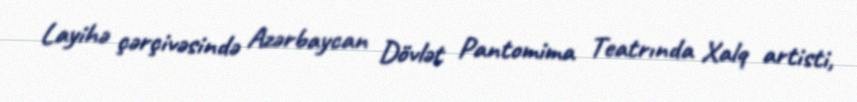
Layihə çərçivəsində Azərbaycan Dövlət Pantomima Teatrında Xalq artisti,